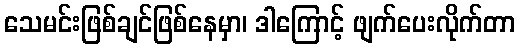
သေမင်းဖြစ်ချင်ဖြစ်နေမှာ၊ ဒါကြောင့် ဖျက်ပေးလိုက်တာ